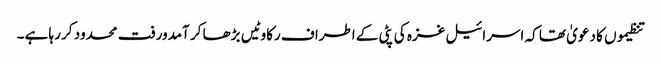
تنظیموں کا دعویٰ تھا کہ اسرائیل غزہ کی پٹی کے اطراف رکاوٹیں بڑھا کر آمدورفت محدود کر رہا ہے۔